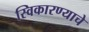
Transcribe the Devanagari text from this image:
स्विकारण्याचे